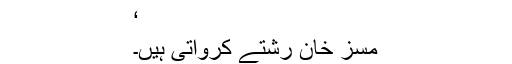
‘
مسز خان رشتے کرواتی ہیں۔